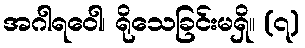
အဂါရဝေါ၊ ရိုသေခြင်းမရှိ။ (၇)